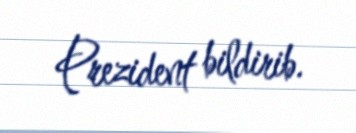
Prezident bildirib.